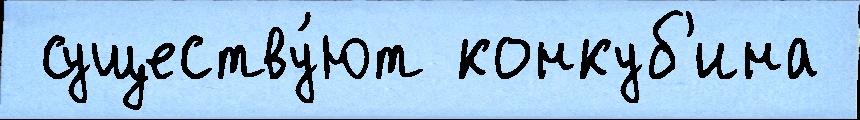
 существу́ют конкуб'ина